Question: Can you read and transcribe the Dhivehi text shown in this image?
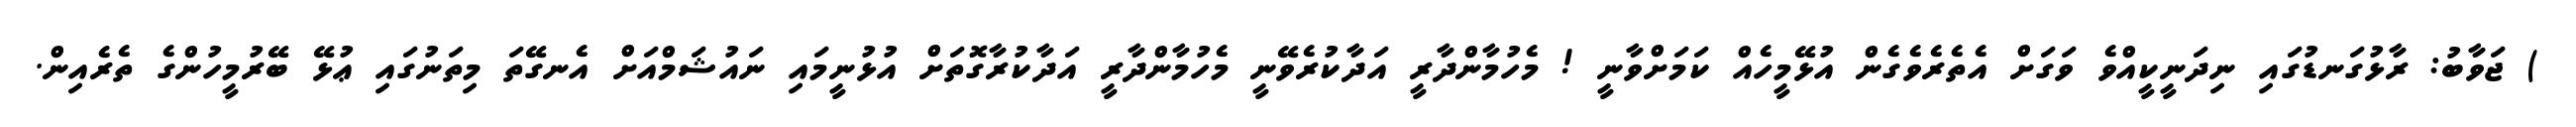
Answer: ) ޖަވާބު: ރާޅުގަނޑުގައި ނިދަނީކީއްވެ ވަގަށް އެތެރެވެގެން އުޅޭމީހެއް ކަމަށްވާނީ ! މެހުމާންދާރީ އަދާކުރެވޭނީ މެހުމާންދާރީ އަދާކުރާގޮތަށް އުޅުނީމައި ނައުޝަމްއަށް އެނގޭތަ މިތަނުގައި ޢުޅޭ ބޭރުމީހުންގެ ތެރެއިން.